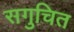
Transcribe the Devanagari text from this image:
सगुचित